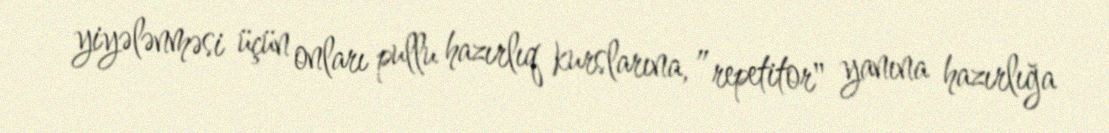
yiyələnməsi üçün onları pullu hazırlıq kurslarına, ”repetitor" yanına hazırlığa